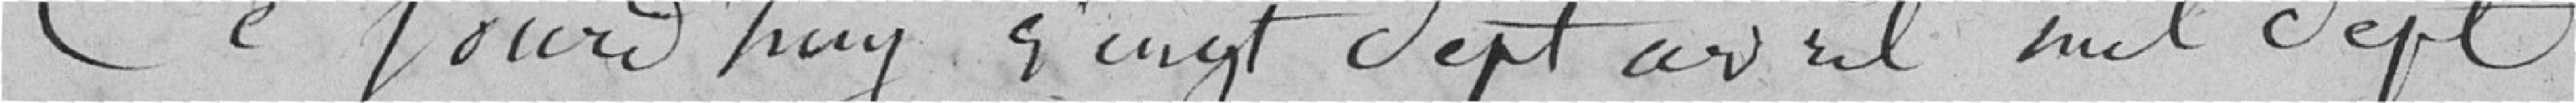
Ce jourd'hui vingt sept avril mil sept